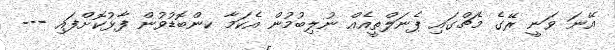
އޭނަ ވަނީ ރޭގެ މެޗްގައި ޕެނަލްތީއެއް ނުލިބުމުން އެކަމާ ކންބޮޑުވުން ފާޅުކޮށްފައި ---